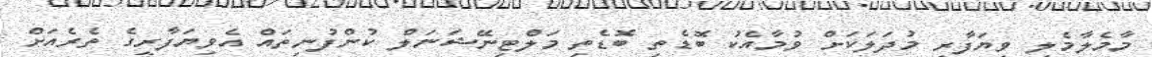
މާމެލާމެލި ވިޔަފާރި މުދަލަކަށް ވުމާއެކު ބޮޑެތި ބޮޑެތި މަލްޓިނޭޝަނަލް ކުންފުނިތައް އެވިޔަފާރީގެ ތެރެއަށް